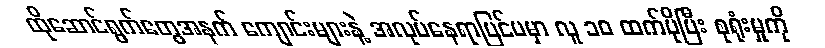
ထိုဆောင်ရွက်တွေအနက် ကျောင်းများနဲ့ အလုပ်နေရာပြင်ပမှာ လူ ၁၀ ထက်ပိုပြီး စုရုံးမှုကို